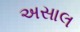
અસાલ